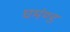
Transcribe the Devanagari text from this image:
घमंण्ड